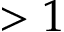
> 1